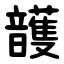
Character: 頀